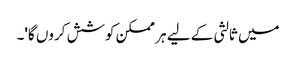
میں ثالثی کے لیے ہر ممکن کوشش کروں گا'۔